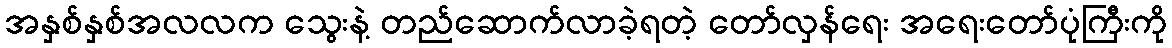
အနှစ်နှစ်အလလက သွေးနဲ့ တည်ဆောက်လာခဲ့ရတဲ့ တော်လှန်ရေး အရေးတော်ပုံကြီးကို